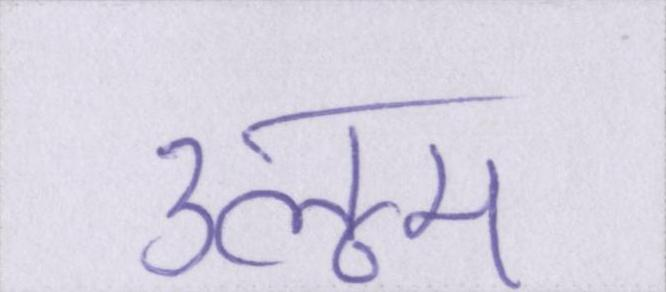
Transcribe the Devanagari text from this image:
उलूम